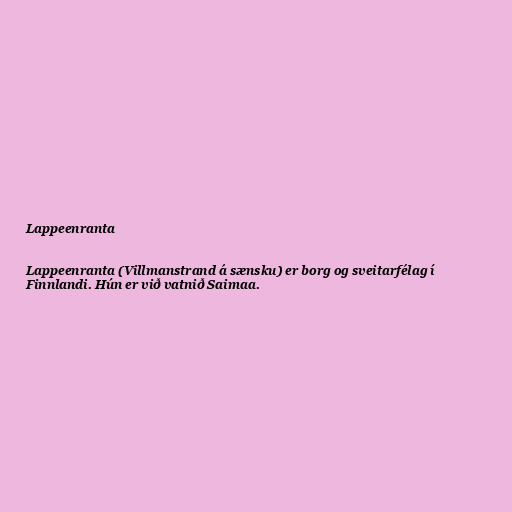
Lappeenranta

Lappeenranta (Villmanstrand á sænsku) er borg og sveitarfélag í
Finnlandi. Hún er við vatnið Saimaa.